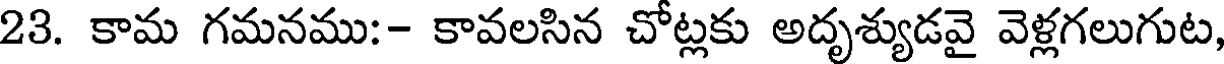
23. కామ గమనము:- కావలసిన చోట్లకు అదృశ్యుడవై వెళ్లగలుగుట,